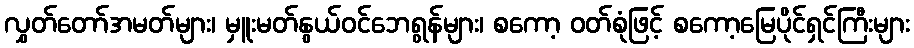
လွှတ်တော်အမတ်များ၊ မှူးမတ်နွယ်ဝင်ဘေရွန်များ၊ စကော့ ဝတ်စုံဖြင့် စကော့မြေပိုင်ရှင်ကြီးများ